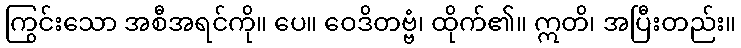
ကြွင်းသော အစီအရင်ကို။ ပေ။ ဝေဒိတဗ္ဗံ၊ ထိုက်၏။ ဣတိ၊ အပြီးတည်း။